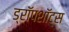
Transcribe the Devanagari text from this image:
ड्रॉपशॉट्स